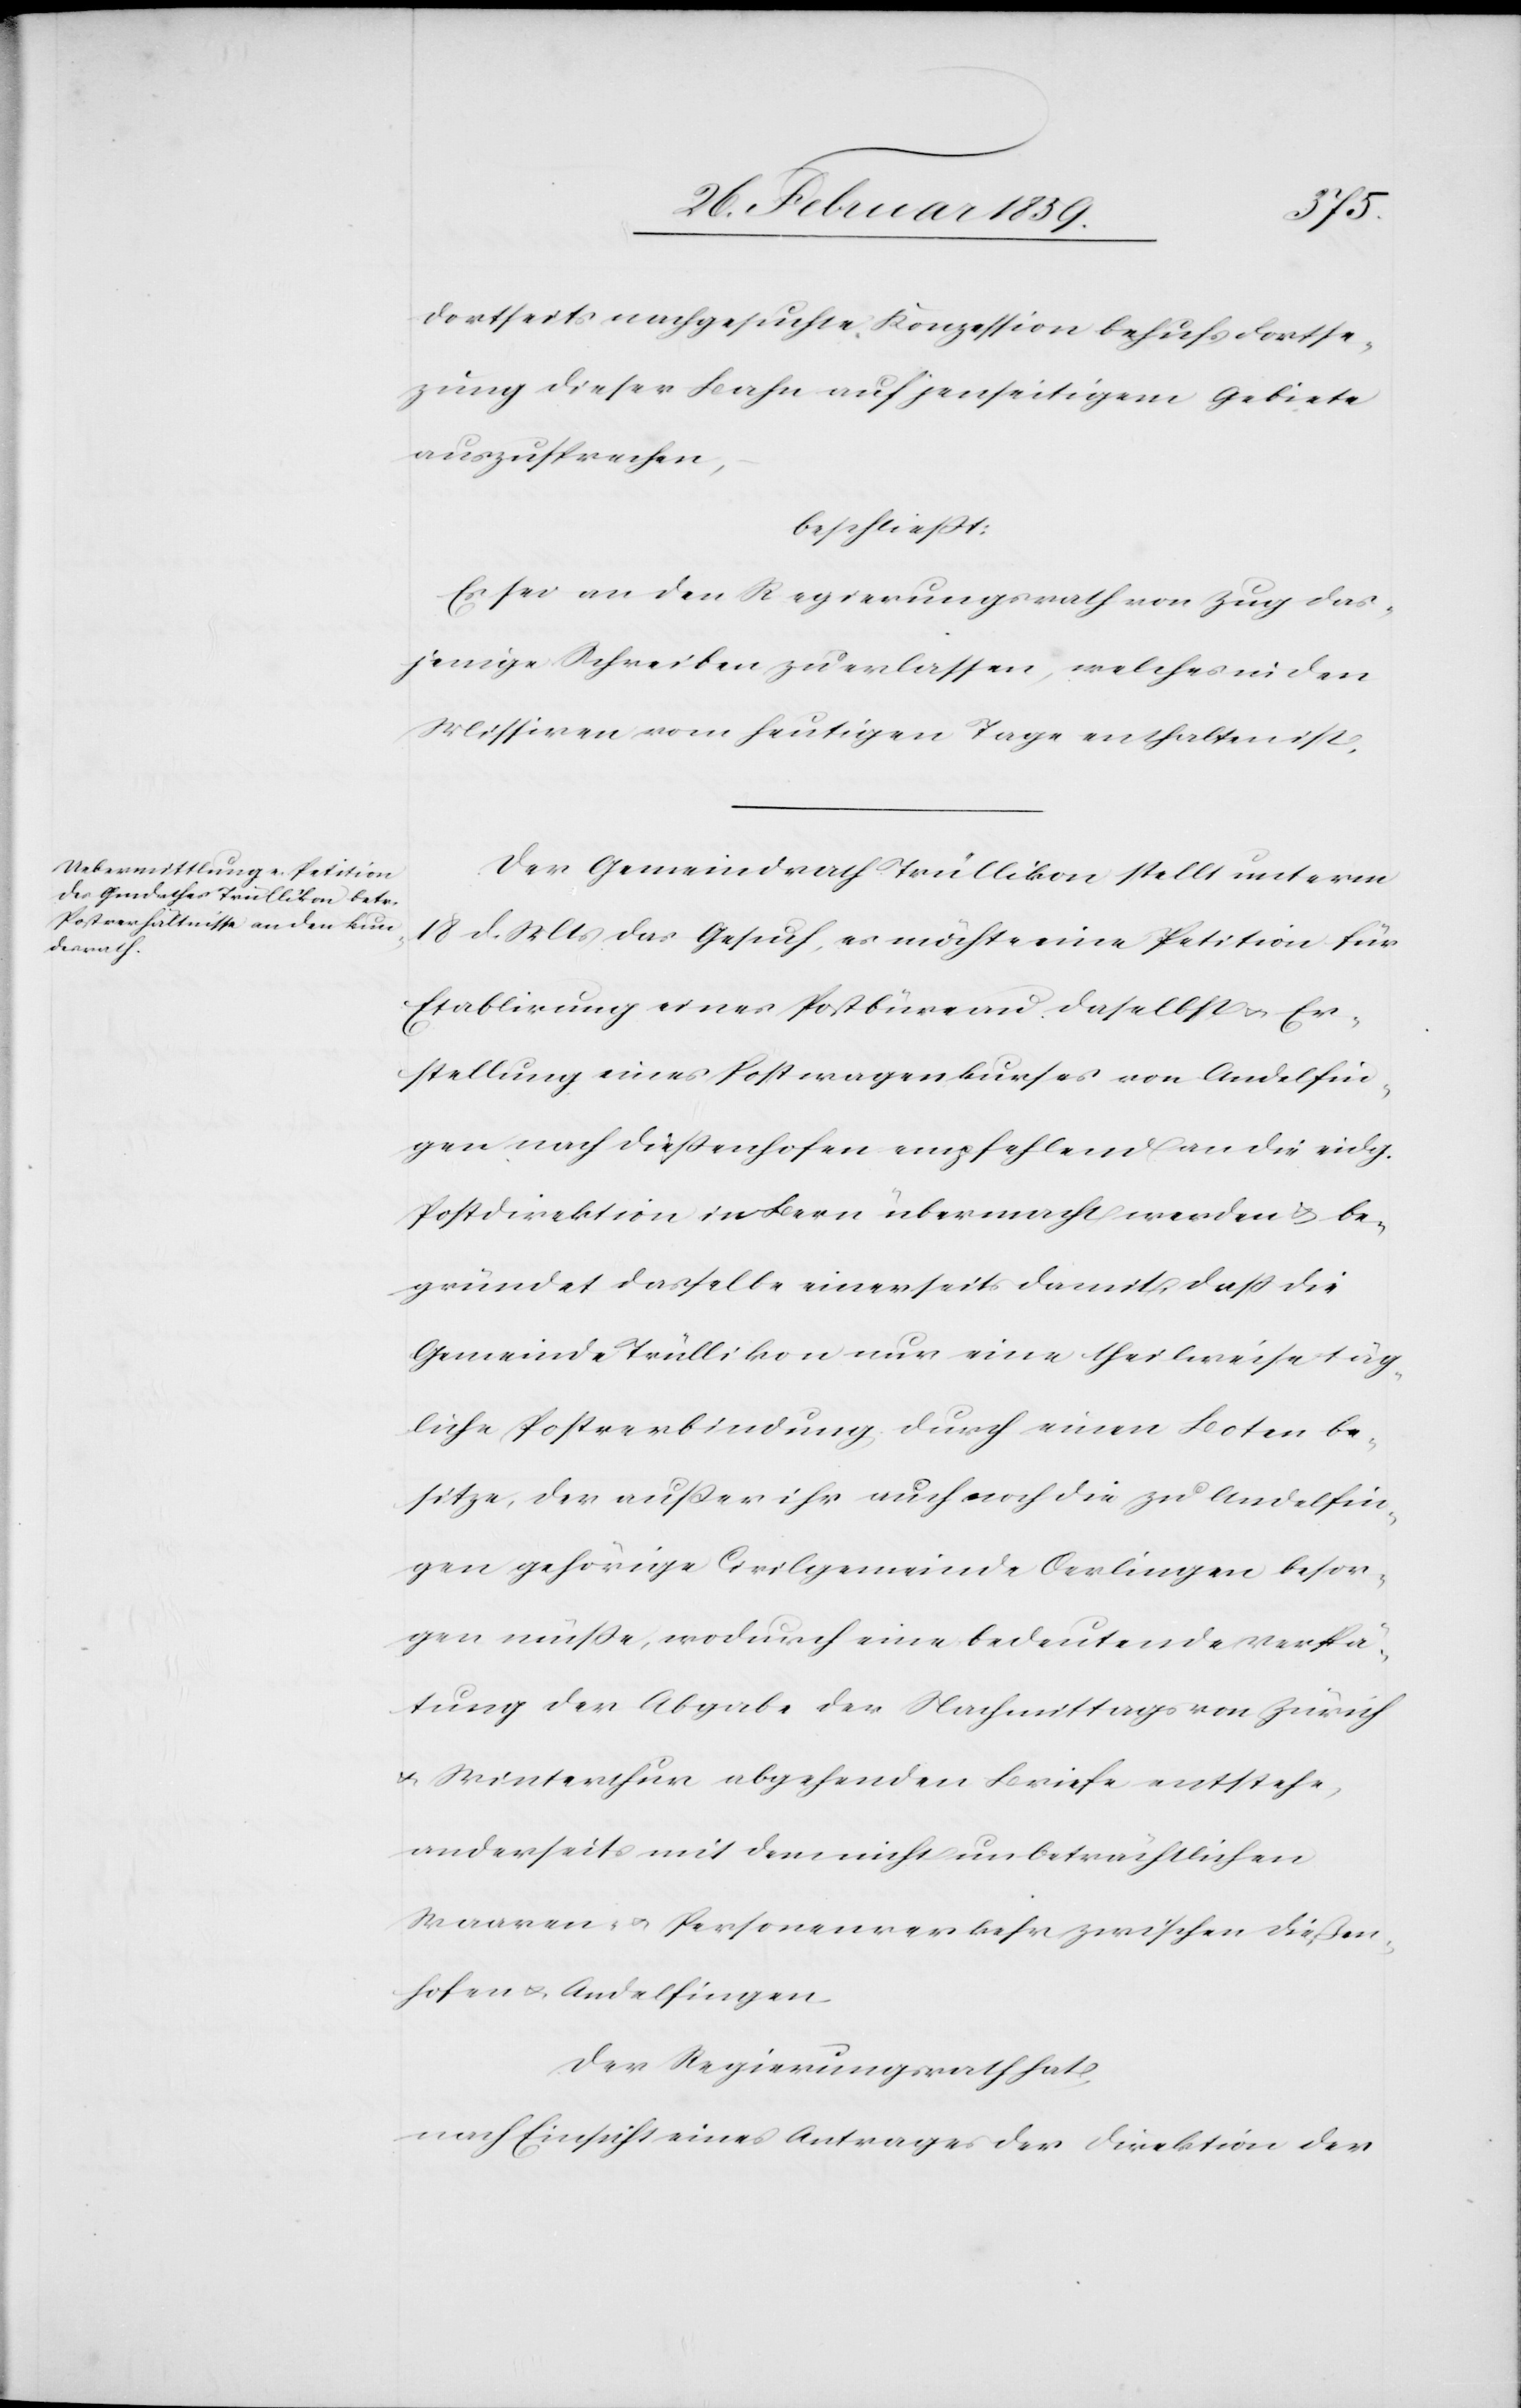
dortseits nachgesuchte Konzession behufs Fortse¬
tzung dieser Bahn auf jenseitigem Gebiete
auszusprechen[“],
beschließt:
Es sei an den Regierungsrath von Zug das¬
jenige Schreiben zu erlassen, welches in den
Missiven von heutigen Tage enthalten ist.
Der Gemeindrath Trüllikon stellt unterm
18 d. Mts das Gesuch, es möchte eine Petition für
Etablierung eines Postbüreau daselbst u. Er¬
stellung eines Postwagenkurses von Andelfin¬
gen nach Dießenhofen empfehlend an die eidg.
Postdirektion in Bern übermacht werden u. be¬
gründet dasselbe einerseits damit, daß die
Gemeinde Trüllikon nur eine theilweise täg¬
liche Postverbindung durch einen Boten be¬
sitze, der außer ihr auch noch die zu Andelfin¬
gen gehörige Civilgemeinde Oerlingen besor¬
gen müße, wodurch eine bedeutende Verspä¬
tung der Abgabe der Nachmittags von Zürich
u. Winterthur abgehenden Briefe entstehe,
anderseits mit dem nicht unbeträchtlichen
Waaren- u. Personenverkehr zwischen Dießen¬
hofen u. Andelfingen.
Der Regierungsrath hat,
nach Einsicht eines Antrages der Direktion der